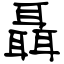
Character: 聶